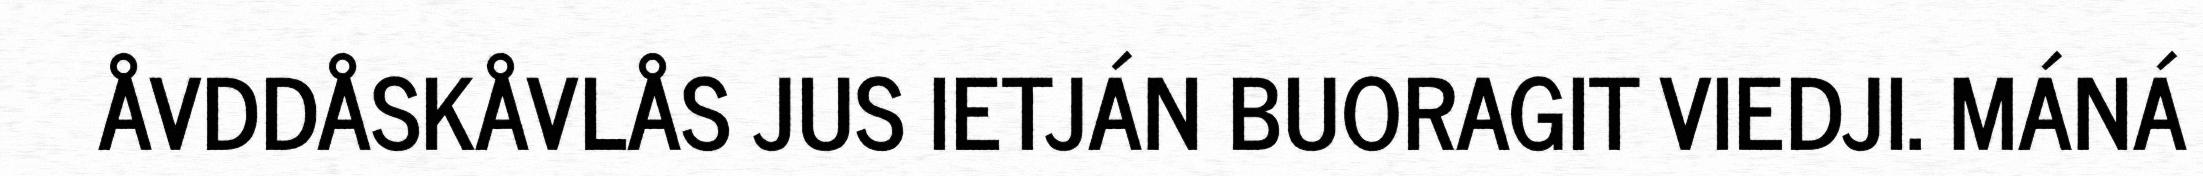
ÅVDDÅSKÅVLÅS JUS IETJÁN BUORAGIT VIEDJI. MÁNÁ